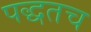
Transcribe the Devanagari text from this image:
पद्धतच